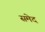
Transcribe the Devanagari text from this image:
समेद